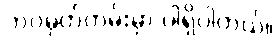
ဘဝမှတ်တမ်းမှာ ပါရှိပါတယ်။